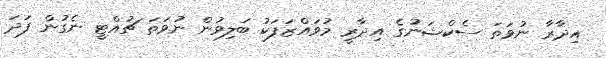
އިދާރާ ނުވަތަ ސެކްޝަނުގެ އިދާރީ މުވައްޒަފަކު ބަލިވުން ނުވަތަ ޗުއްޓީ ނެގުން ފަދަ